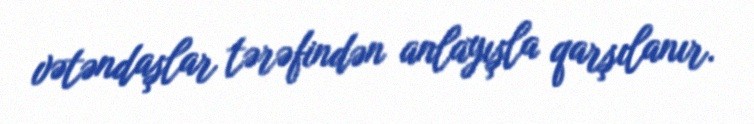
vətəndaşlar tərəfindən anlayışla qarşılanır.